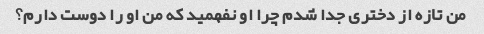
من تازه از دختری جدا شدم چرا او نفهمید که من او را دوست دارم؟